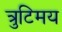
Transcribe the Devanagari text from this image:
त्रुटिमय